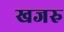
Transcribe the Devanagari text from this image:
खजरु